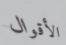
الأقوال